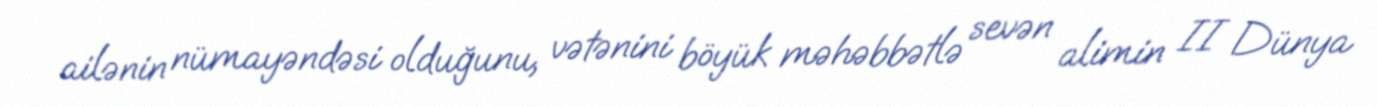
ailənin nümayəndəsi olduğunu, vətənini böyük məhəbbətlə sevən alimin II Dünya